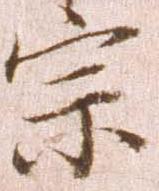
宗